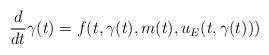
LaTeX: \begin{align*} \frac{d}{dt}\gamma(t)=f(t,\gamma(t),m(t),u_E(t,\gamma(t)))\end{align*}